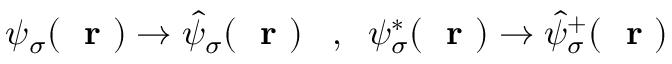
\psi _ { \sigma } ( \mathrm { ~ \bf ~ r ~ } ) \to \hat { \psi } _ { \sigma } ( \mathrm { ~ \bf ~ r ~ } ) \; \; \; , \; \; \psi _ { \sigma } ^ { * } ( \mathrm { ~ \bf ~ r ~ } ) \to \hat { \psi } _ { \sigma } ^ { + } ( \mathrm { ~ \bf ~ r ~ } )